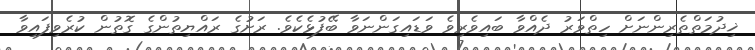
ޚިދުމަތްތެރިންނަށް ހިތްވަރު ދެއްވާ ބައިވެރިވެ ވަޑައިގަންނަވާ ބޭފުޅެކެވެ. ރަށުގެ ރައްޔިތުންގެ ގޮތުން ކުރެވިފައިވާ